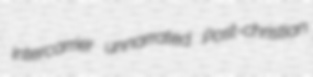
intercarrier unnarrated Post-christian